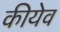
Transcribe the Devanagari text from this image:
कीयेव